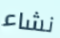
نشاء